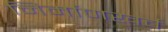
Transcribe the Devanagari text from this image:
निर्माणखर्च